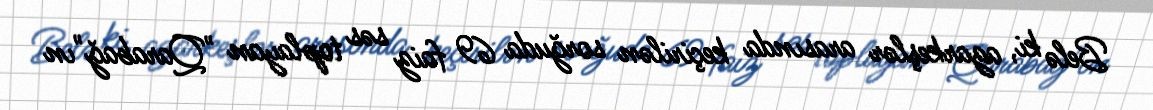
Belə ki, azarkeşlər arasında keçirilən sorğuda 69 faiz səs toplayan "Qarabağ"ın